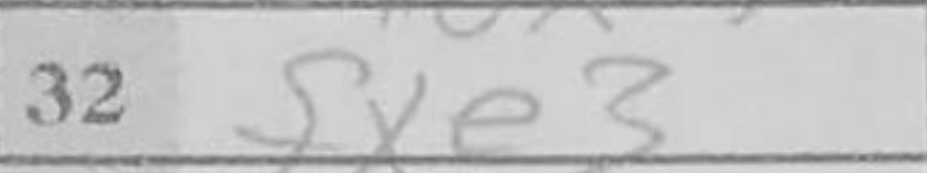
Transcription: fxe3